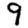
Digit: 9